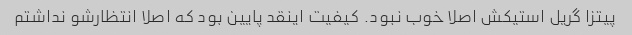
پیتزا گریل استیکش اصلا خوب نبود. کیفیت اینقد پایین بود که اصلا انتظارشو نداشتم